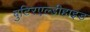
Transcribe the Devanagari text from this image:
बुटिरएल्डीहाइड